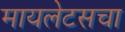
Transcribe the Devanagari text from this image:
मायलेटसचा